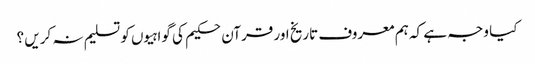
کیا وجہ ہے کہ ہم معروف تاریخ اور قرآن حکیم کی گواہیوں کو تسلیم نہ کریں ؟